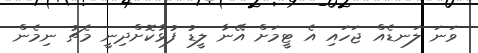
ވަނަ ލަނޑެއް ޖަހައި އެ ޓީމަށް އޭނާ ލީޑު ފުޅާކޮށްދިނީ މެޗު ނިމެން